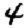
Digit: 4